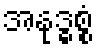
အနုဒ္ဓစ္စံ